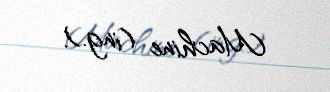
Machine (ing.).